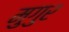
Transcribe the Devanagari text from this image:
मुगुर